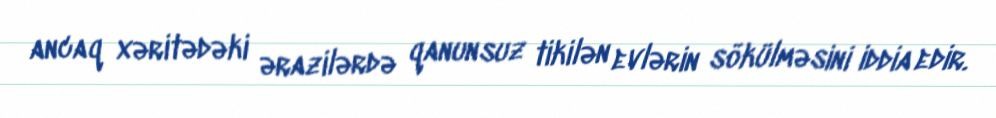
ancaq xəritədəki ərazilərdə qanunsuz tikilən evlərin sökülməsini iddia edir.